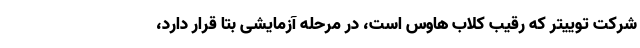
شرکت توییتر که رقیب کلاب هاوس است، در مرحله آزمایشی بتا قرار دارد،